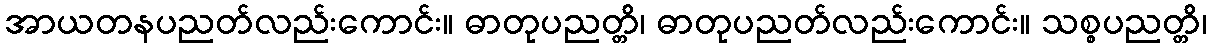
အာယတနပညတ်လည်းကောင်း။ ဓာတုပညတ္တိ၊ ဓာတုပညတ်လည်းကောင်း။ သစ္စပညတ္တိ၊